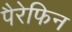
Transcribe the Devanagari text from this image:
पैरेफिन